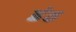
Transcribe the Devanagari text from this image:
डंठ